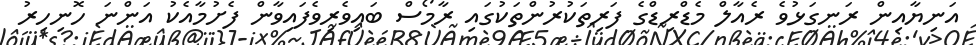
އަނިޔާއިން ރަނގަޅުވެ ރެއާލް މެޑްރިޑްގެ ފަރިތަކުރުންތަކުގައި ރާމޯސް ބައިވެރިވެފައިވާން ފެށުމާއެކު އަންނަ ހޮނިހިރު